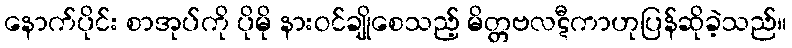
နောက်ပိုင်း စာအုပ်ကို ပိုမို နားဝင်ချိုစေသည့် မိတ္တဗလဋီကာဟုပြန်ဆိုခဲ့သည်။